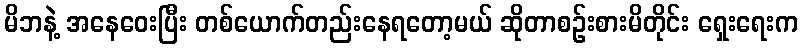
မိဘနဲ့ အနေဝေးပြီး တစ်ယောက်တည်းနေရတော့မယ် ဆိုတာစဉ်းစားမိတိုင်း ရှေးရေးက